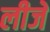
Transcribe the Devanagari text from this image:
लीजे